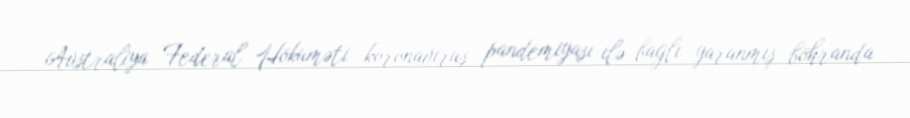
Avstraliya Federal Hökuməti koronavirus pandemiyası ilə bağlı yaranmış böhranda